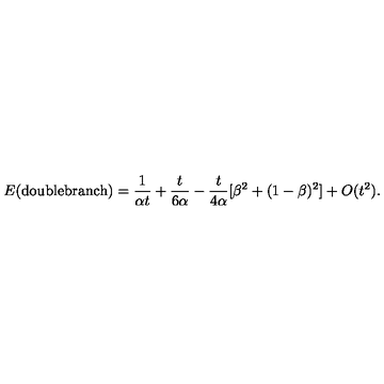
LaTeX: E ( \mathrm { d o u b l e b r a n c h } ) = \frac { 1 } { \alpha t } + \frac { t } { 6 \alpha } - \frac { t } { 4 \alpha } [ \beta ^ { 2 } + ( 1 - \beta ) ^ { 2 } ] + O ( t ^ { 2 } ) .